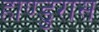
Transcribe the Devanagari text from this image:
हाण्डुरास